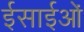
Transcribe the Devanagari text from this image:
ईसाईओं